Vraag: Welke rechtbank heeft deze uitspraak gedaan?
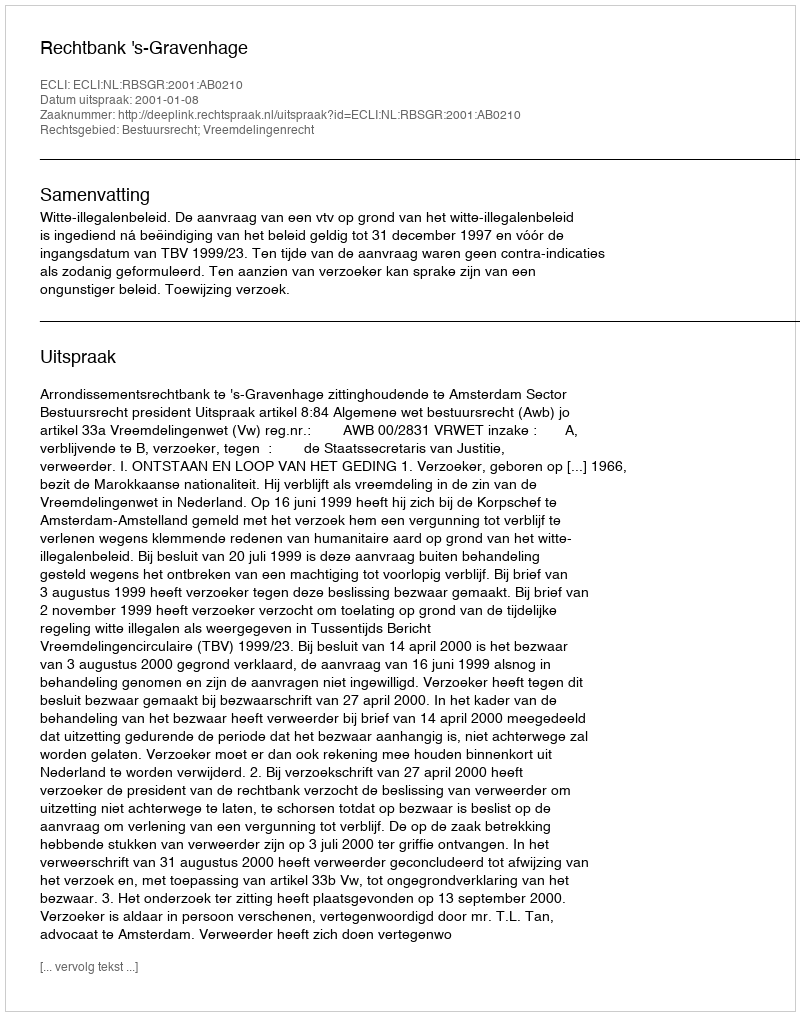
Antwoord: Rechtbank 's-Gravenhage